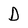
Character: D